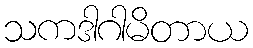
သကဒါဂါမိတာယ